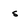
Character: s